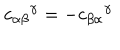
{ c _ { \alpha \beta } } ^ { \gamma } = - { c _ { \beta \alpha } } ^ { \gamma }